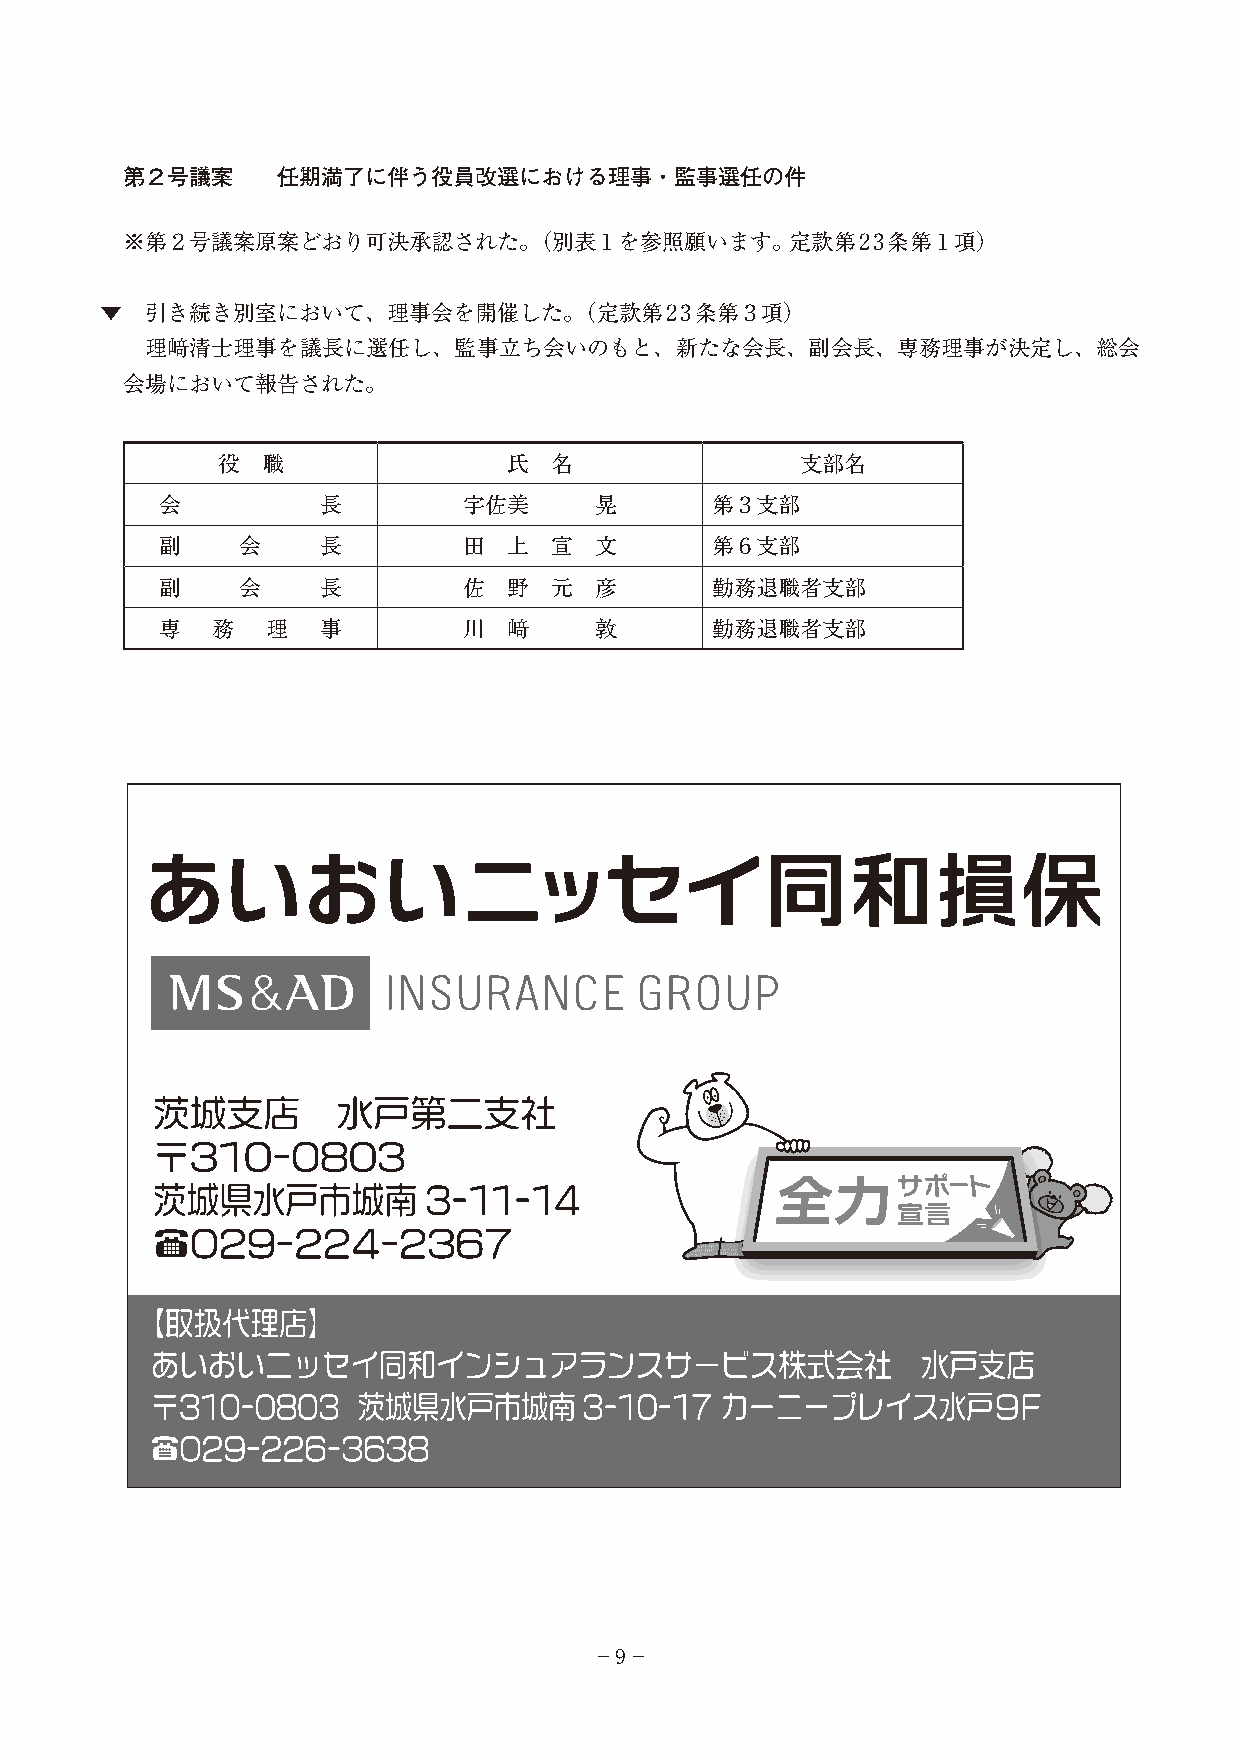
第２号議案     任期満了に伴う役員改選における理事・監事選任の件
 ※第２号議案原案どおり可決承認された。（別表１を参照願います。定款第23条第１項）
 ▼  引き続き別室において、理事会を開催した。（定款第23条第３項）
 理﨑清士理事を議長に選任し、監事立ち会いのもと、新たな会長、副会長、専務理事が決定し、総会
 会場において報告された。
 役  職                氏 名                支部名
 会         長         宇佐美     晃       第３支部
 副    会    長         田  上 宣  文       第６支部
 副    会    長         佐  野 元  彦       勤務退職者支部
 専  務   理  事         川  﨑    敦       勤務退職者支部
 −9−